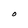
Character: O